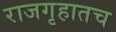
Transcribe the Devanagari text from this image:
राजगृहातच